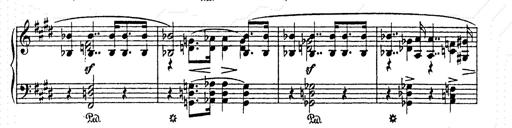
Title: AnnÃ©es de pÃ¨lerinage II
Composer: Franz Liszt